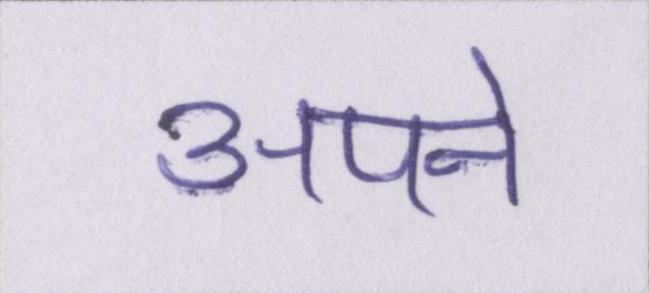
अपने